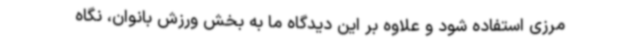
مرزی استفاده شود و علاوه بر این دیدگاه ما به بخش ورزش بانوان، نگاه